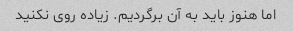
اما هنوز باید به آن برگردیم. زیاده روی نکنید